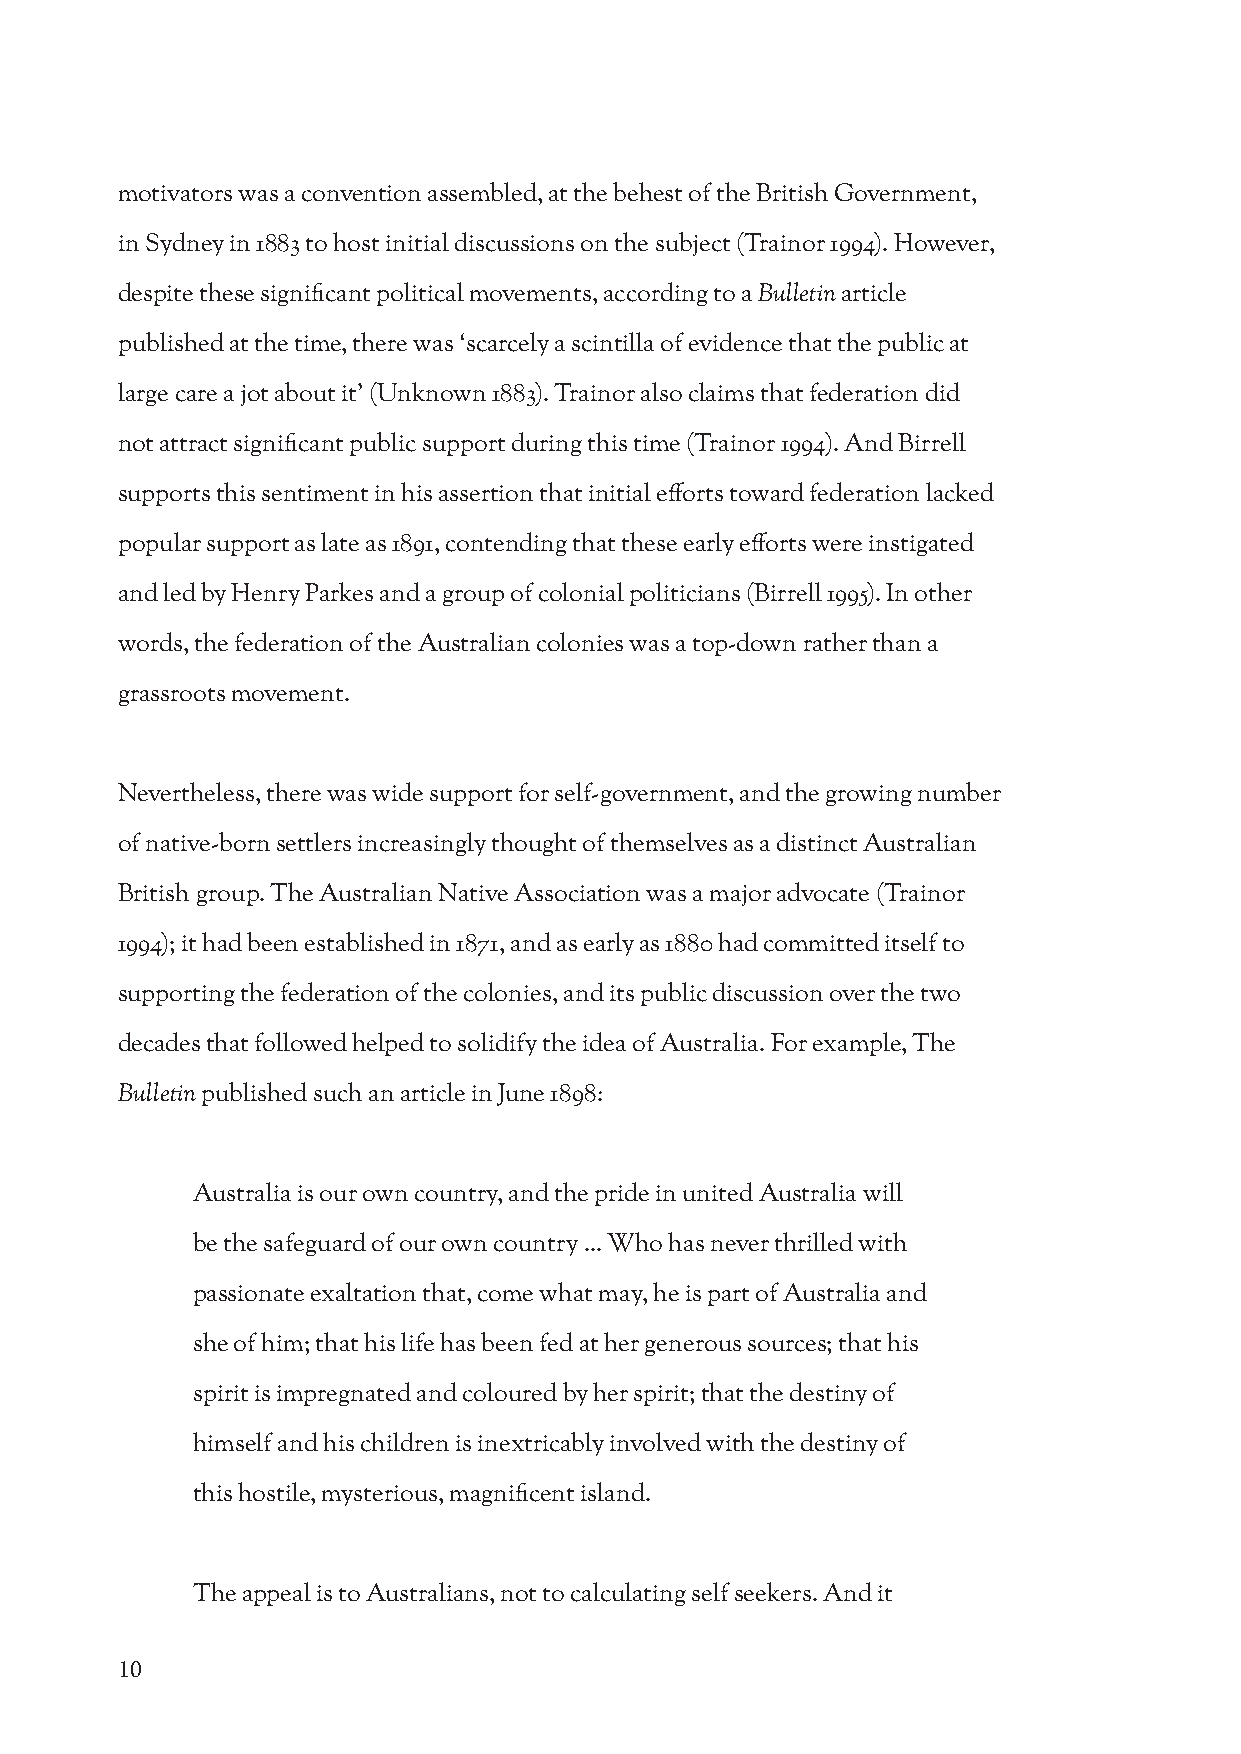
motivators was a convention assembled, at the behest of the British Government,
 in Sydney in 1883 to host initial discussions on the subject (Trainor 1994). However,
 despite these significant political movements, according to a Bulletin article
 published at the time, there was ‘scarcely a scintilla of evidence that the public at
 large care a jot about it’ (Unknown 1883). Trainor also claims that federation did
 not attract significant public support during this time (Trainor 1994). And Birrell
 supports this sentiment in his assertion that initial efforts toward federation lacked
 popular support as late as 1891, contending that these early efforts were instigated
 and led by Henry Parkes and a group of colonial politicians (Birrell 1995). In other
 words, the federation of the Australian colonies was a top-down rather than a
 grassroots movement.
 Nevertheless, there was wide support for self-government, and the growing number
 of native-born settlers increasingly thought of themselves as a distinct Australian
 British group. The Australian Native Association was a major advocate (Trainor
 1994); it had been established in 1871, and as early as 1880 had committed itself to
 supporting the federation of the colonies, and its public discussion over the two
 decades that followed helped to solidify the idea of Australia. For example, The
 Bulletin published such an article in June 1898:
 Australia is our own country, and the pride in united Australia will
 be the safeguard of our own country ... Who has never thrilled with
 passionate exaltation that, come what may, he is part of Australia and
 she of him; that his life has been fed at her generous sources; that his
 spirit is impregnated and coloured by her spirit; that the destiny of
 himself and his children is inextricably involved with the destiny of
 this hostile, mysterious, magnificent island.
 The appeal is to Australians, not to calculating self seekers. And it
 10